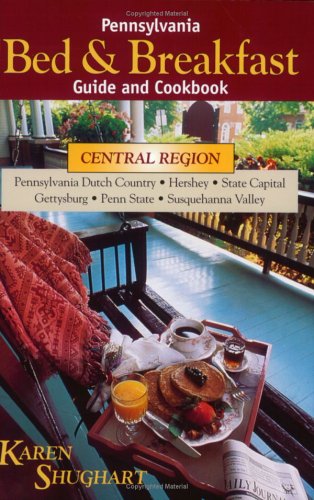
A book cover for Pennsylvania Bed & Breakfast Guide & Cookbook; Karen Shughart; Travel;